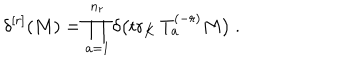
\delta ^ { [ r ] } ( M ) = \prod _ { a = 1 } ^ { n _ { r } } \delta \big ( \mathrm { t r } _ { K } \, T _ { a } ^ { ( - r ) } M \big ) \ .